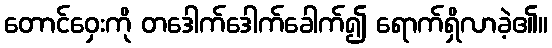
တောင်ဝှေးကို တဒေါက်ဒေါက်ခေါက်၍ ရောက်ရှိလာခဲ့၏။